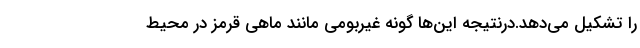
را تشکیل می‌دهد.درنتیجه این‌ها گونه غیربومی مانند ماهی قرمز در محیط